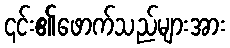
၎င်း၏ဖောက်သည်များအား